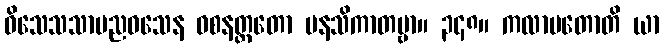
ဝိသေသသာမညဝသေန ဝစနတ္ထတော မနသိကာတဗ္ဗာ။ ၃၄၈။ ကလာပတောတိ ယာ